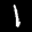
Label: 1